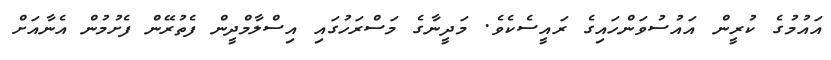
އައުމުގެ ކުރީން އައުސުވަންހައިގެ ރައީސެކެވެ. މަދީނާގެ މަސްރަހުގައި އިސްލާމްދީން ފެތުރޭން ފެށުމުން އެނާއަށް